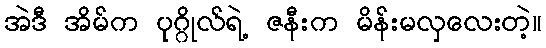
အဲဒီ အိမ်က ပုဂ္ဂိုလ်ရဲ့ ဇနီးက မိန်းမလှလေးတဲ့။